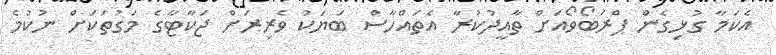
އެކަމާ ގުޅިގެން ޕްރަބޯވޯއަށް ތާއީދުކުރާ އެތައްހާސް ބަޔަކު ވެރިރަށް ޖަކާޓާގެ މަގުތަކަށް ނުކުމެ